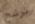
ترشح